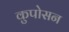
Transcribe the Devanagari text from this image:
कुपोसन